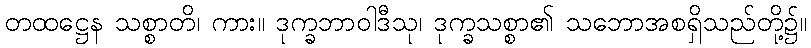
တထဋ္ဌေန သစ္စာတိ၊ ကား။ ဒုက္ခဘာဝါဒီသု၊ ဒုက္ခသစ္စာ၏ သဘောအစရှိသည်တို့၌။